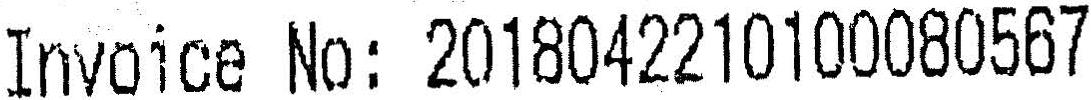
INVOICE NO: 2018042210100080567